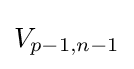
V_{p-1,n-1}